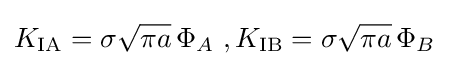
K_{\rm {IA}}=\sigma {\sqrt {\pi a}}\,\Phi _{A}\,\,,K_{\rm {IB}}=\sigma {\sqrt {\pi a}}\,\Phi _{B}